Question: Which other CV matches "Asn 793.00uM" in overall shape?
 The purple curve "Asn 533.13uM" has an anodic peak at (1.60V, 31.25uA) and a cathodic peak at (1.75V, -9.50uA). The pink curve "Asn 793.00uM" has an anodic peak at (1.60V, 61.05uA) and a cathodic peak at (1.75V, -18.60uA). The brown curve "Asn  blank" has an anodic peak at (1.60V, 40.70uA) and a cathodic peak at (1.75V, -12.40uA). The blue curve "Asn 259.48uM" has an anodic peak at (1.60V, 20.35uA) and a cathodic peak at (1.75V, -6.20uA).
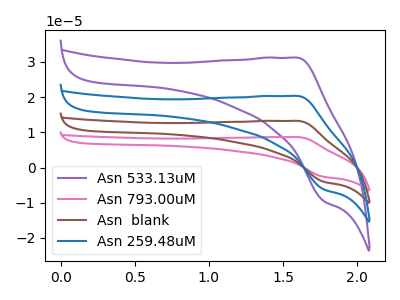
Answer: <think>All the peaks in "Asn 533.13uM" have a peak in "Asn 793.00uM" at the same potential. Every peak in "Asn 533.13uM" is lower than every peak in "Asn 793.00uM". All the peaks in "Asn 533.13uM" have a peak in "Asn  blank" at the same potential. Every peak in "Asn 533.13uM" is lower than every peak in "Asn  blank". All the peaks in "Asn 533.13uM" have a peak in "Asn 259.48uM" at the same potential. Every peak in "Asn 533.13uM" is higher than every peak in "Asn 259.48uM". All the peaks in "Asn 793.00uM" have a peak in "Asn  blank" at the same potential. Every peak in "Asn 793.00uM" is higher than every peak in "Asn  blank". All the peaks in "Asn 793.00uM" have a peak in "Asn 259.48uM" at the same potential. Every peak in "Asn 793.00uM" is higher than every peak in "Asn 259.48uM". All the peaks in "Asn  blank" have a peak in "Asn 259.48uM" at the same potential. Every peak in "Asn  blank" is higher than every peak in "Asn 259.48uM".
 </think>
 <answer>"Asn 793.00uM", "Asn  blank" and "Asn 259.48uM" have a similar shape to "Asn 533.13uM".</answer>
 <eval>"Asn 793.00uM" "Asn  blank" "Asn 259.48uM"</eval>